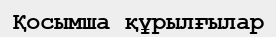
Қосымша құрылғылар